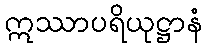
ဣဿာပရိယုဋ္ဌာနံ